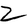
Character: Z